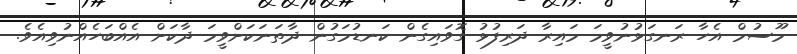
މޫސުމް އެހާ ރަނގަޅުނުވީމަ މައިރާ ދަރިފުޅު ގޮވައިގެން ކަނޑުމަގުން ދާތަނަކަށްވީމަ ދާކަށް އެއްބަހެއްނުވިއެވެ.